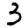
Digit: 3